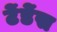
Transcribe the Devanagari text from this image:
टेंडेंस